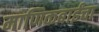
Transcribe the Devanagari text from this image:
माणिकबाईंचा